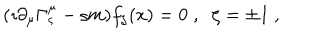
LaTeX: ( \imath \partial _ { \mu } \Gamma _ { \varsigma } ^ { \mu } - \varsigma m ) f _ { \zeta } ( x ) = 0 \; , \; \; \zeta = \pm 1 \; ,